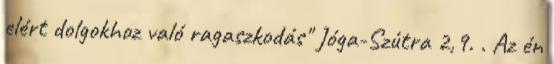
elért dolgokhoz való ragaszkodás" Jóga-Szútra 2,9. . Az én